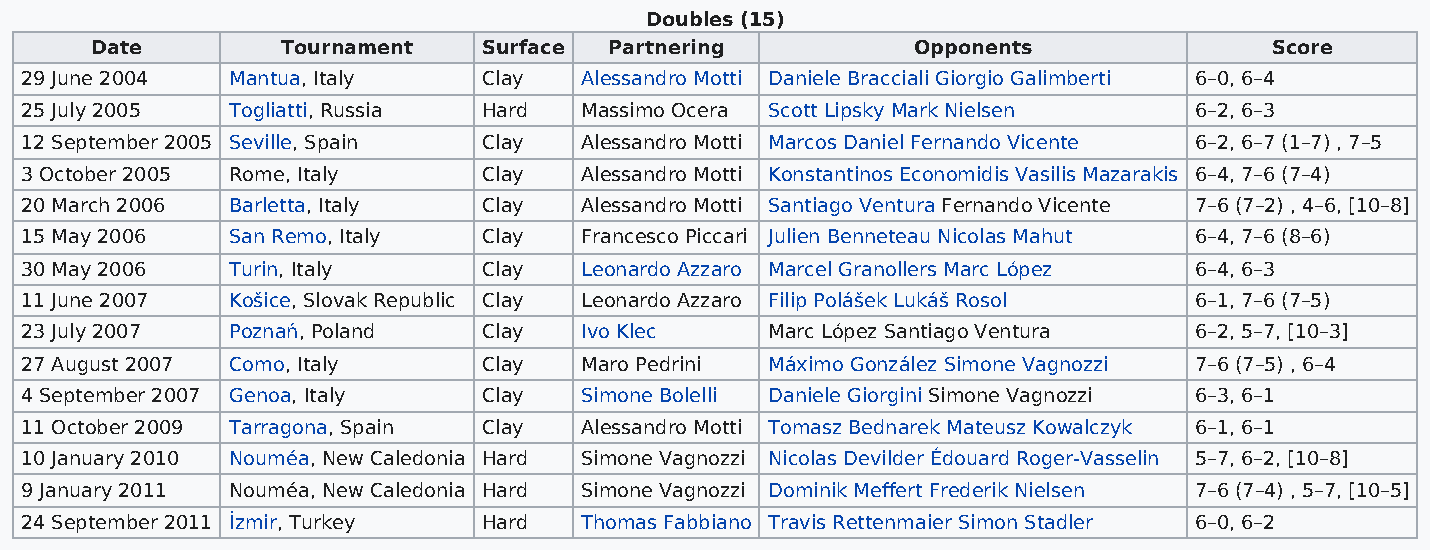
Doubles (15)
 Date         Tournament   Surface Partnering          Opponents               Score
 29 June 2004  Mantua, Italy    Clay  Alessandro Motti Daniele Bracciali Giorgio Galimberti 6–0, 6–4
 25 July 2005  Togliatti, Russia Hard Massimo Ocera Scott Lipsky Mark Nielsen  6–2, 6–3
 12 September 2005 Seville, Spain Clay Alessandro Motti Marcos Daniel Fernando Vicente 6–2, 6–7 (1–7) , 7–5
 3 October 2005 Rome, Italy     Clay  Alessandro Motti Konstantinos Economidis Vasilis Mazarakis 6–4, 7–6 (7–4)
 20 March 2006 Barletta, Italy  Clay  Alessandro Motti Santiago Ventura Fernando Vicente 7–6 (7–2) , 4–6, [10–8]
 15 May 2006   San Remo, Italy  Clay  Francesco Piccari Julien Benneteau Nicolas Mahut 6–4, 7–6 (8–6)
 30 May 2006   Turin, Italy     Clay  Leonardo Azzaro Marcel Granollers Marc López 6–4, 6–3
 11 June 2007  Košice, Slovak Republic Clay Leonardo Azzaro Filip Polášek Lukáš Rosol 6–1, 7–6 (7–5)
 23 July 2007  Poznań, Poland   Clay  Ivo Klec     Marc López Santiago Ventura 6–2, 5–7, [10–3]
 27 August 2007 Como, Italy     Clay  Maro Pedrini Máximo González Simone Vagnozzi 7–6 (7–5) , 6–4
 4 September 2007 Genoa, Italy  Clay  Simone Bolelli Daniele Giorgini Simone Vagnozzi 6–3, 6–1
 11 October 2009 Tarragona, Spain Clay Alessandro Motti Tomasz Bednarek Mateusz Kowalczyk 6–1, 6–1
 10 January 2010 Nouméa, New Caledonia Hard Simone Vagnozzi Nicolas Devilder Édouard Roger-Vasselin 5–7, 6–2, [10–8]
 9 January 2011 Nouméa, New Caledonia Hard Simone Vagnozzi Dominik Meffert Frederik Nielsen 7–6 (7–4) , 5–7, [10–5]
 24 September 2011 İzmir, Turkey Hard Thomas Fabbiano Travis Rettenmaier Simon Stadler 6–0, 6–2